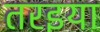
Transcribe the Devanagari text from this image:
तरइया